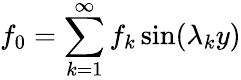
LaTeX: f_{0}=\sum_{k=1}^{\infty}f_{k}\sin(\lambda_{k}y)